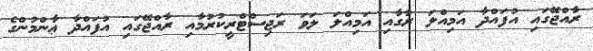
ރާއްޖޭގައި އުފައްދާ އަމިއްލަ ރާގާއި އަމިއްލަ ލަވަ ރަޖިސްޓްރީކުރުމާއި ރާއްޖޭގައި އުފައްދާ ޢާންމުންގެ